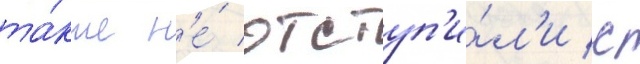
та́кже н'е́ отступ'и́л'и с